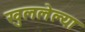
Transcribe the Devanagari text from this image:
खुललेल्या